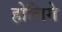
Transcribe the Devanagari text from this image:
होलिगे